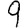
Digit: 9